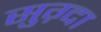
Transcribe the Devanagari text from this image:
सुग़्दा